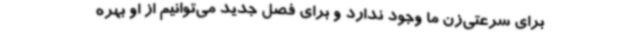
برای سرعتی‌زن ما وجود ندارد و برای فصل جدید می‌توانیم از او بهره